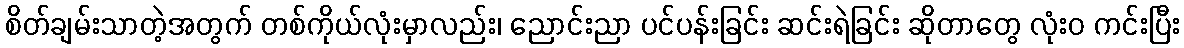
စိတ်ချမ်းသာတဲ့အတွက် တစ်ကိုယ်လုံးမှာလည်း၊ ညောင်းညာ ပင်ပန်းခြင်း ဆင်းရဲခြင်း ဆိုတာတွေ လုံးဝ ကင်းပြီး